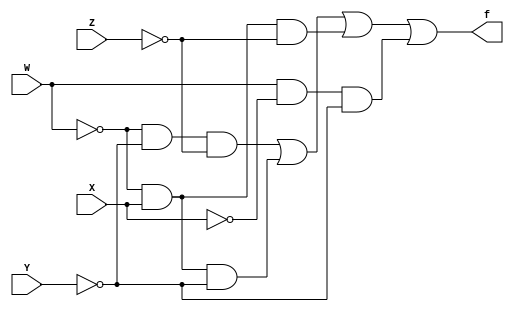
module bcd (W,X,Y,Z,f);
input W,X,Y,Z;
output f;
wire g1, g2, g3, g4;

assign g1 = ~W;
assign g2 = ~X;
assign g3 = ~Y;
assign g4 = ~Z;

assign f = (g1&g3&g4) | (g1&X&g3) | (g1&X&g4) | (W&g2&g3);
    
endmodule

module testBench;
reg W,X,Y,Z;
wire f;

initial
begin
    $display("W X Y Z f");
    W=1'b0; X=1'b0; Y=1'b0; Z=1'b0;
    #15 $finish;
end

always #8 W=~W;
always #4 X=~X;
always #2 Y=~Y;
always #1 Z=~Z;

bcd U1(W,X,Y,Z,f);
initial
$monitor("%b %b %b %b %b ", W,X,W,Z,f);

endmodule